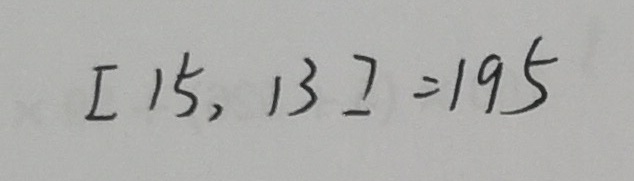
[ 1 5 , 1 3 ] = 1 9 5